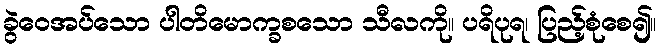
ခွဲဝေအပ်သော ပါတိမောက္ခစသော သီလကို။ ပရိပုရ၊ ပြည့်စုံစေ၍။